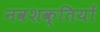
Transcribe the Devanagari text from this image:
नवशक्तियों